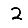
Digit: 2